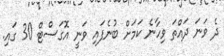
ދެ ވަނަ ދައްތަ ވިހާނެ ކަމަށް ބުނެފައި ވަނީ އޮގަސްޓް 30 ގައި.